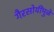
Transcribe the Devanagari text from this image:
गैरसोयींमुळे